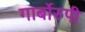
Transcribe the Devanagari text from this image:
गार्बोरुपी